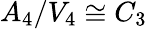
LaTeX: A_{4}/V_{4}\cong C_{3}